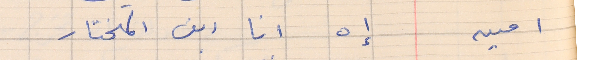
امين       إه انا ابن المختار